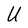
Character: U